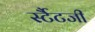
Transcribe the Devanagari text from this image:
र्स्टैटजी